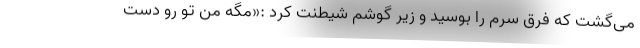
می‌گشت که فرق سرم را بوسید و زیر گوشم شیطنت کرد :«مگه من تو رو دست